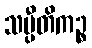
သပ္ပီတိကဉ္စ